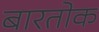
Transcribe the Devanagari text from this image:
बारतोक